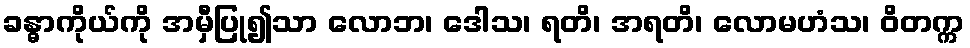
ခန္ဓာကိုယ်ကို အမှီပြု၍သာ လောဘ၊ ဒေါသ၊ ရတိ၊ အရတိ၊ လောမဟံသ၊ ဝိတက္က